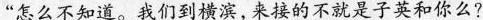
“怎么不知道。我们到横滨,来接的不就是子英和你么?